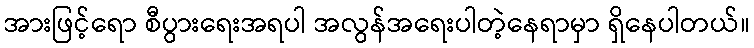
အားဖြင့်ရော စီပွားရေးအရပါ အလွန်အရေးပါတဲ့နေရာမှာ ရှိနေပါတယ်။